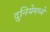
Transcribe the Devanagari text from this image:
दुनियेमध्ये